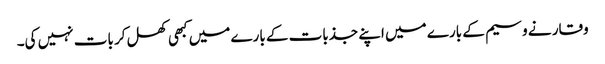
وقار نے وسیم کے بارے میں اپنے جذبات کے بارے میں کبھی کھل کر بات نہیں کی۔